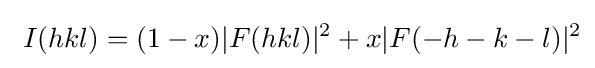
\ I(hkl)=(1-x)|F(hkl)|^{2}+x|F(-h-k-l)|^{2}